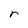
Character: r